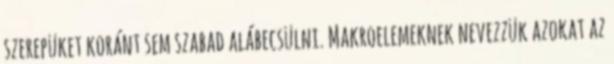
szerepüket koránt sem szabad alábecsülni. Makroelemeknek nevezzük azokat az